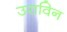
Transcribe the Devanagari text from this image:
उराविन